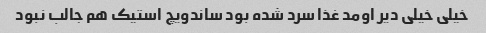
خیلی خیلی دیر اومد غذا سرد شده بود ساندویچ استیک هم جالب نبود